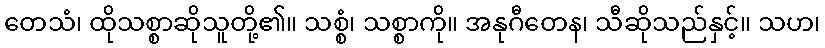
တေသံ၊ ထိုသစ္စာဆိုသူတို့၏။ သစ္စံ၊ သစ္စာကို။ အနုဂီတေန၊ သီဆိုသည်နှင့်။ သဟ၊